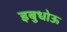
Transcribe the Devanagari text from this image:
इबुधोऊ